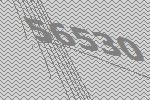
56530